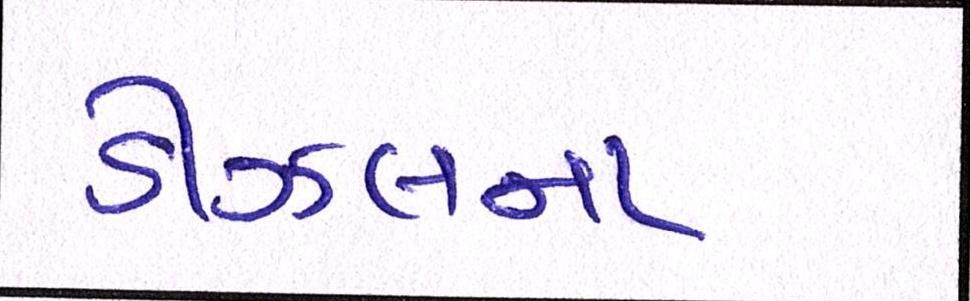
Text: ડીઝલના